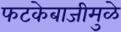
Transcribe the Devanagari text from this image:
फटकेबाजीमुळे